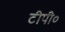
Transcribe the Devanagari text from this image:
टीपी०